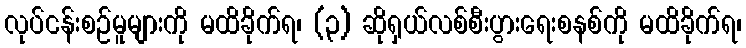
လုပ်ငန်းစဉ်မူများကို မထိခိုက်ရ၊ (၃) ဆိုရှယ်လစ်စီးပွားရေးစနစ်ကို မထိခိုက်ရ၊